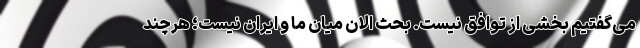
می‌گفتیم بخشی از توافق نیست. بحث الان میان ما و ایران نیست؛ هرچند